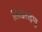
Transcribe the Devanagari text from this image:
लिखराइणु